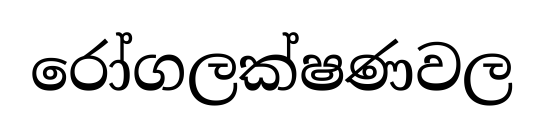
රෝගලක්ෂණවල